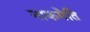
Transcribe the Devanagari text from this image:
नाकमेति